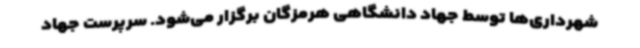
شهرداری‌ها توسط جهاد دانشگاهی هرمزگان برگزار می‌شود. سرپرست جهاد